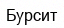
Бурсит